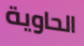
الحاوية